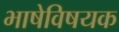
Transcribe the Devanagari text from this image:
भाषेविषयक